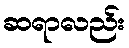
ဆရာလည်း